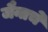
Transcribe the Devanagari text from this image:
जैनाचे